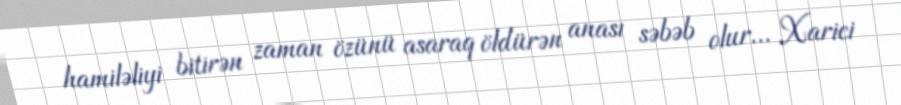
hamiləliyi bitirən zaman özünü asaraq öldürən anası səbəb olur... Xarici